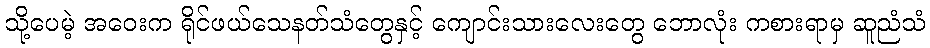
သို့ပေမဲ့ အဝေးက ရိုင်ဖယ်သေနတ်သံတွေနှင့် ကျောင်းသားလေးတွေ ဘောလုံး ကစားရာမှ ဆူညံသံ